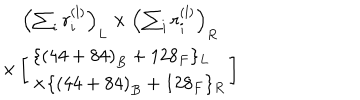
LaTeX: \begin{array} { c } { { \left( \sum _ { i } r _ { i } ^ { ( l ) } \right) _ { L } \times \left( \sum _ { i } r _ { i } ^ { ( l ) } \right) _ { R } } } \\ { { \times \left[ \begin{array} { l } { { \{ \left( 4 4 + 8 4 \right) _ { B } + 1 2 8 _ { F } \} _ { L } } } \\ { { \times \{ \left( 4 4 + 8 4 \right) _ { B } + 1 2 8 _ { F } \} _ { R } } } \\ \end{array} \right] } } \\ \end{array}